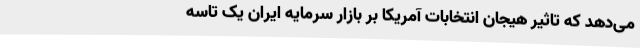
می‌دهد که تاثیر هیجان انتخابات آمریکا بر بازار سرمایه ایران یک تاسه